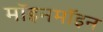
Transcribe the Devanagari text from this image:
मॉइनमॉइन